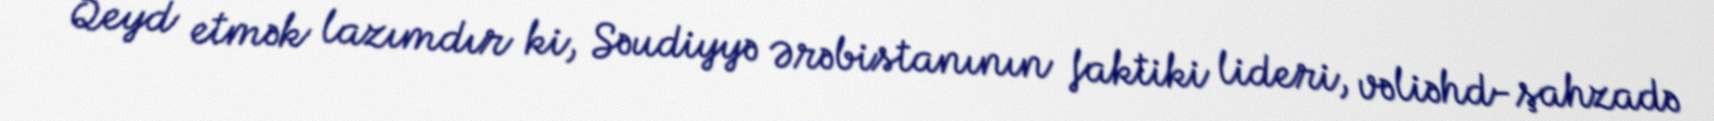
Qeyd etmək lazımdır ki, Səudiyyə Ərəbistanının faktiki lideri, vəliəhd-şahzadə